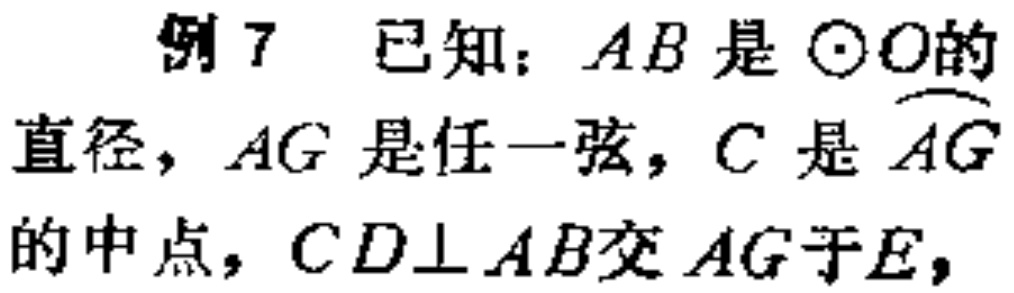
例7 已知：$AB$是$\odot O$的直径，$AG$是任一弦，$C$是$\overset{\frown}{AG}$的中点，$CD\perp AB$交$AG$于$E$，